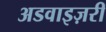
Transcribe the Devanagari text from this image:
अडवाइज़री